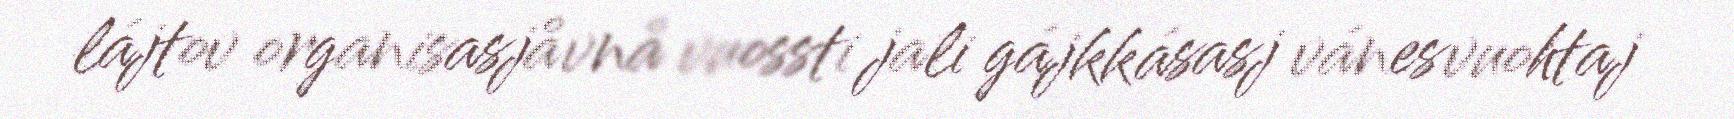
lájtov organisasjåvnå vuossti jali gájkkásasj vánesvuohtaj